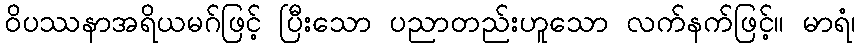
ဝိပဿနာအရိယမဂ်ဖြင့် ပြီးသော ပညာတည်းဟူသော လက်နက်ဖြင့်။ မာရံ၊